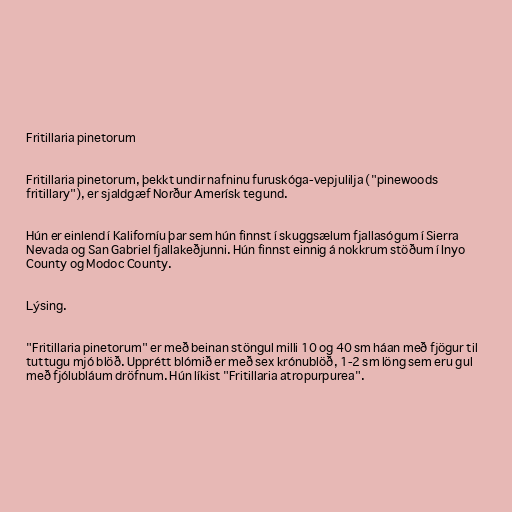
Fritillaria pinetorum

Fritillaria pinetorum, þekkt undir nafninu furuskóga-vepjulilja ("pinewoods
fritillary"), er sjaldgæf Norður Amerísk tegund.

Hún er einlend í Kaliforníu þar sem hún finnst í skuggsælum fjallasógum í Sierra
Nevada og San Gabriel fjallakeðjunni. Hún finnst einnig á nokkrum stöðum í Inyo
County og Modoc County.

Lýsing.

"Fritillaria pinetorum" er með beinan stöngul milli 10 og 40 sm háan með fjögur til
tuttugu mjó blöð. Upprétt blómið er með sex krónublöð, 1-2 sm löng sem eru gul
með fjólubláum dröfnum. Hún líkist "Fritillaria atropurpurea".